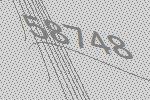
58748